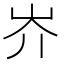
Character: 岕